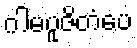
ဂါမပူဇိတံပေ